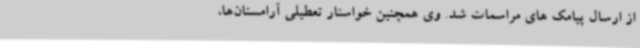
از ارسال پیامک های مراسمات شد. وی همچنین خواستار تعطیلی آرامستان‌ها،